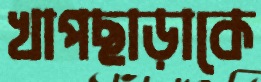
খাপছাড়াকে